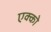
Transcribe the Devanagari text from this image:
एक्को